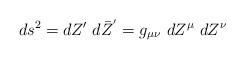
LaTeX: \begin{align*}ds^{2} = dZ'~d\bar{Z}^{'} = g_{\mu \nu}~dZ^{\mu}~dZ^{\nu}\end{align*}